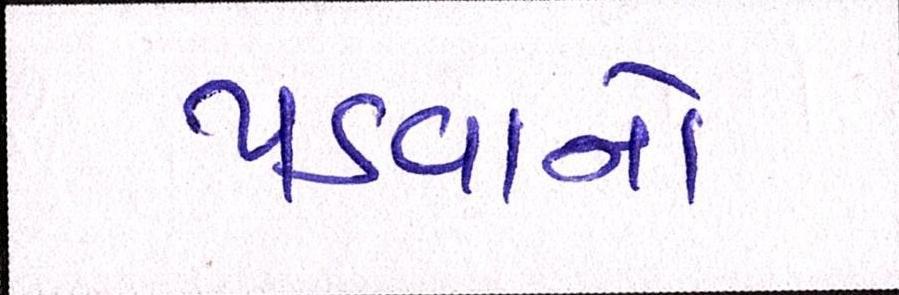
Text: પડવાનો